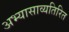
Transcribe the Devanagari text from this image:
अभ्यासाव्यतिरित